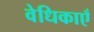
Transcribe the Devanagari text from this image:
वेधिकाएँ